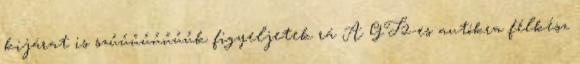
kijárat is szűűűűűűűűk figyeljetek rá A GT2-es autókra félkész